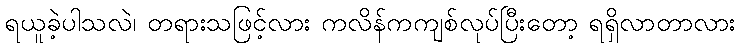
ရယူခဲ့ပါသလဲ၊ တရားသဖြင့်လား ကလိန်ကကျစ်လုပ်ပြီးတော့ ရရှိလာတာလား